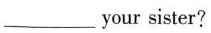
___ your sister?